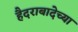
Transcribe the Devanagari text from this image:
हैदराबादेच्या